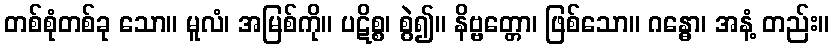
တစ်စုံတစ်ခု သော။ မူလံ၊ အမြစ်ကို။ ပဋိစ္စ၊ စွဲ၍။ နိဗ္ဗတ္တော၊ ဖြစ်သော။ ဂန္ဓော၊ အနံ့ တည်း။